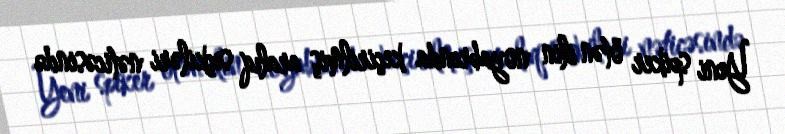
Yeni spiker ötən ilin noyabrında keçirilmiş aralıq seçkiləri nəticəsində